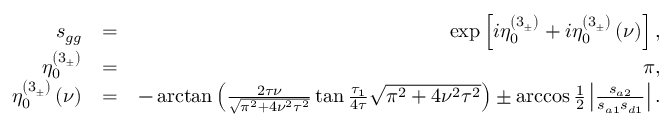
\begin{array} { r l r } { s _ { g g } } & { = } & { \exp \left[ i \eta _ { 0 } ^ { \left( 3 _ { \pm } \right) } + i \eta _ { 0 } ^ { \left( 3 _ { \pm } \right) } \left( \nu \right) \right] , } \\ { \eta _ { 0 } ^ { \left( 3 _ { \pm } \right) } } & { = } & { \pi , } \\ { \eta _ { 0 } ^ { \left( 3 _ { \pm } \right) } \left( \nu \right) } & { = } & { - \arctan \left( \frac { 2 \tau \nu } { \sqrt { \pi ^ { 2 } + 4 \nu ^ { 2 } \tau ^ { 2 } } } \tan \frac { \tau _ { 1 } } { 4 \tau } \sqrt { \pi ^ { 2 } + 4 \nu ^ { 2 } \tau ^ { 2 } } \right) \pm \operatorname { a r c c o s } \frac { 1 } { 2 } \left\vert \frac { s _ { a 2 } } { s _ { a 1 } s _ { d 1 } } \right\vert . } \end{array}